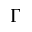
\Gamma